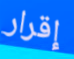
إقرار